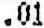
.01